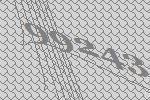
99243